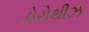
ડોરોથીઝ